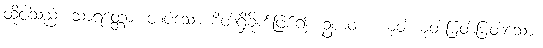
ထိုငါသည်။ သာရတ္တော၊ တပ်သော စိတ်ရှိခိုက်ဖြစ်၍။ ဥစ္စာဝစံ၊ ယုတ်ယုတ်မြတ်မြတ်သော။